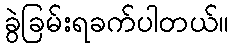
ခွဲခြမ်းရခက်ပါတယ်။